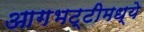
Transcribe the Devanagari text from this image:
आगभट्टीमध्ये